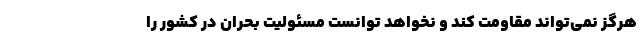
هرگز نمی‌تواند مقاومت کند و نخواهد توانست مسئولیت بحران در کشور را